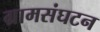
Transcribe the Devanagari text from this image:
ग्रामसंघटन